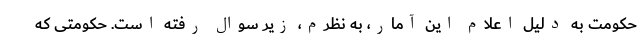
حکومت به دلیل اعلام این آمار، به نظرم، زیر سوال رفته است. حکومتی که